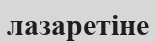
лазаретіне